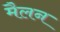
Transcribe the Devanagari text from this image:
मैलन